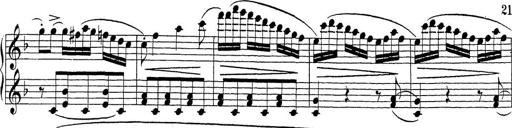
Title: Sonatina Album
Composer: Louis KÃ¶hler